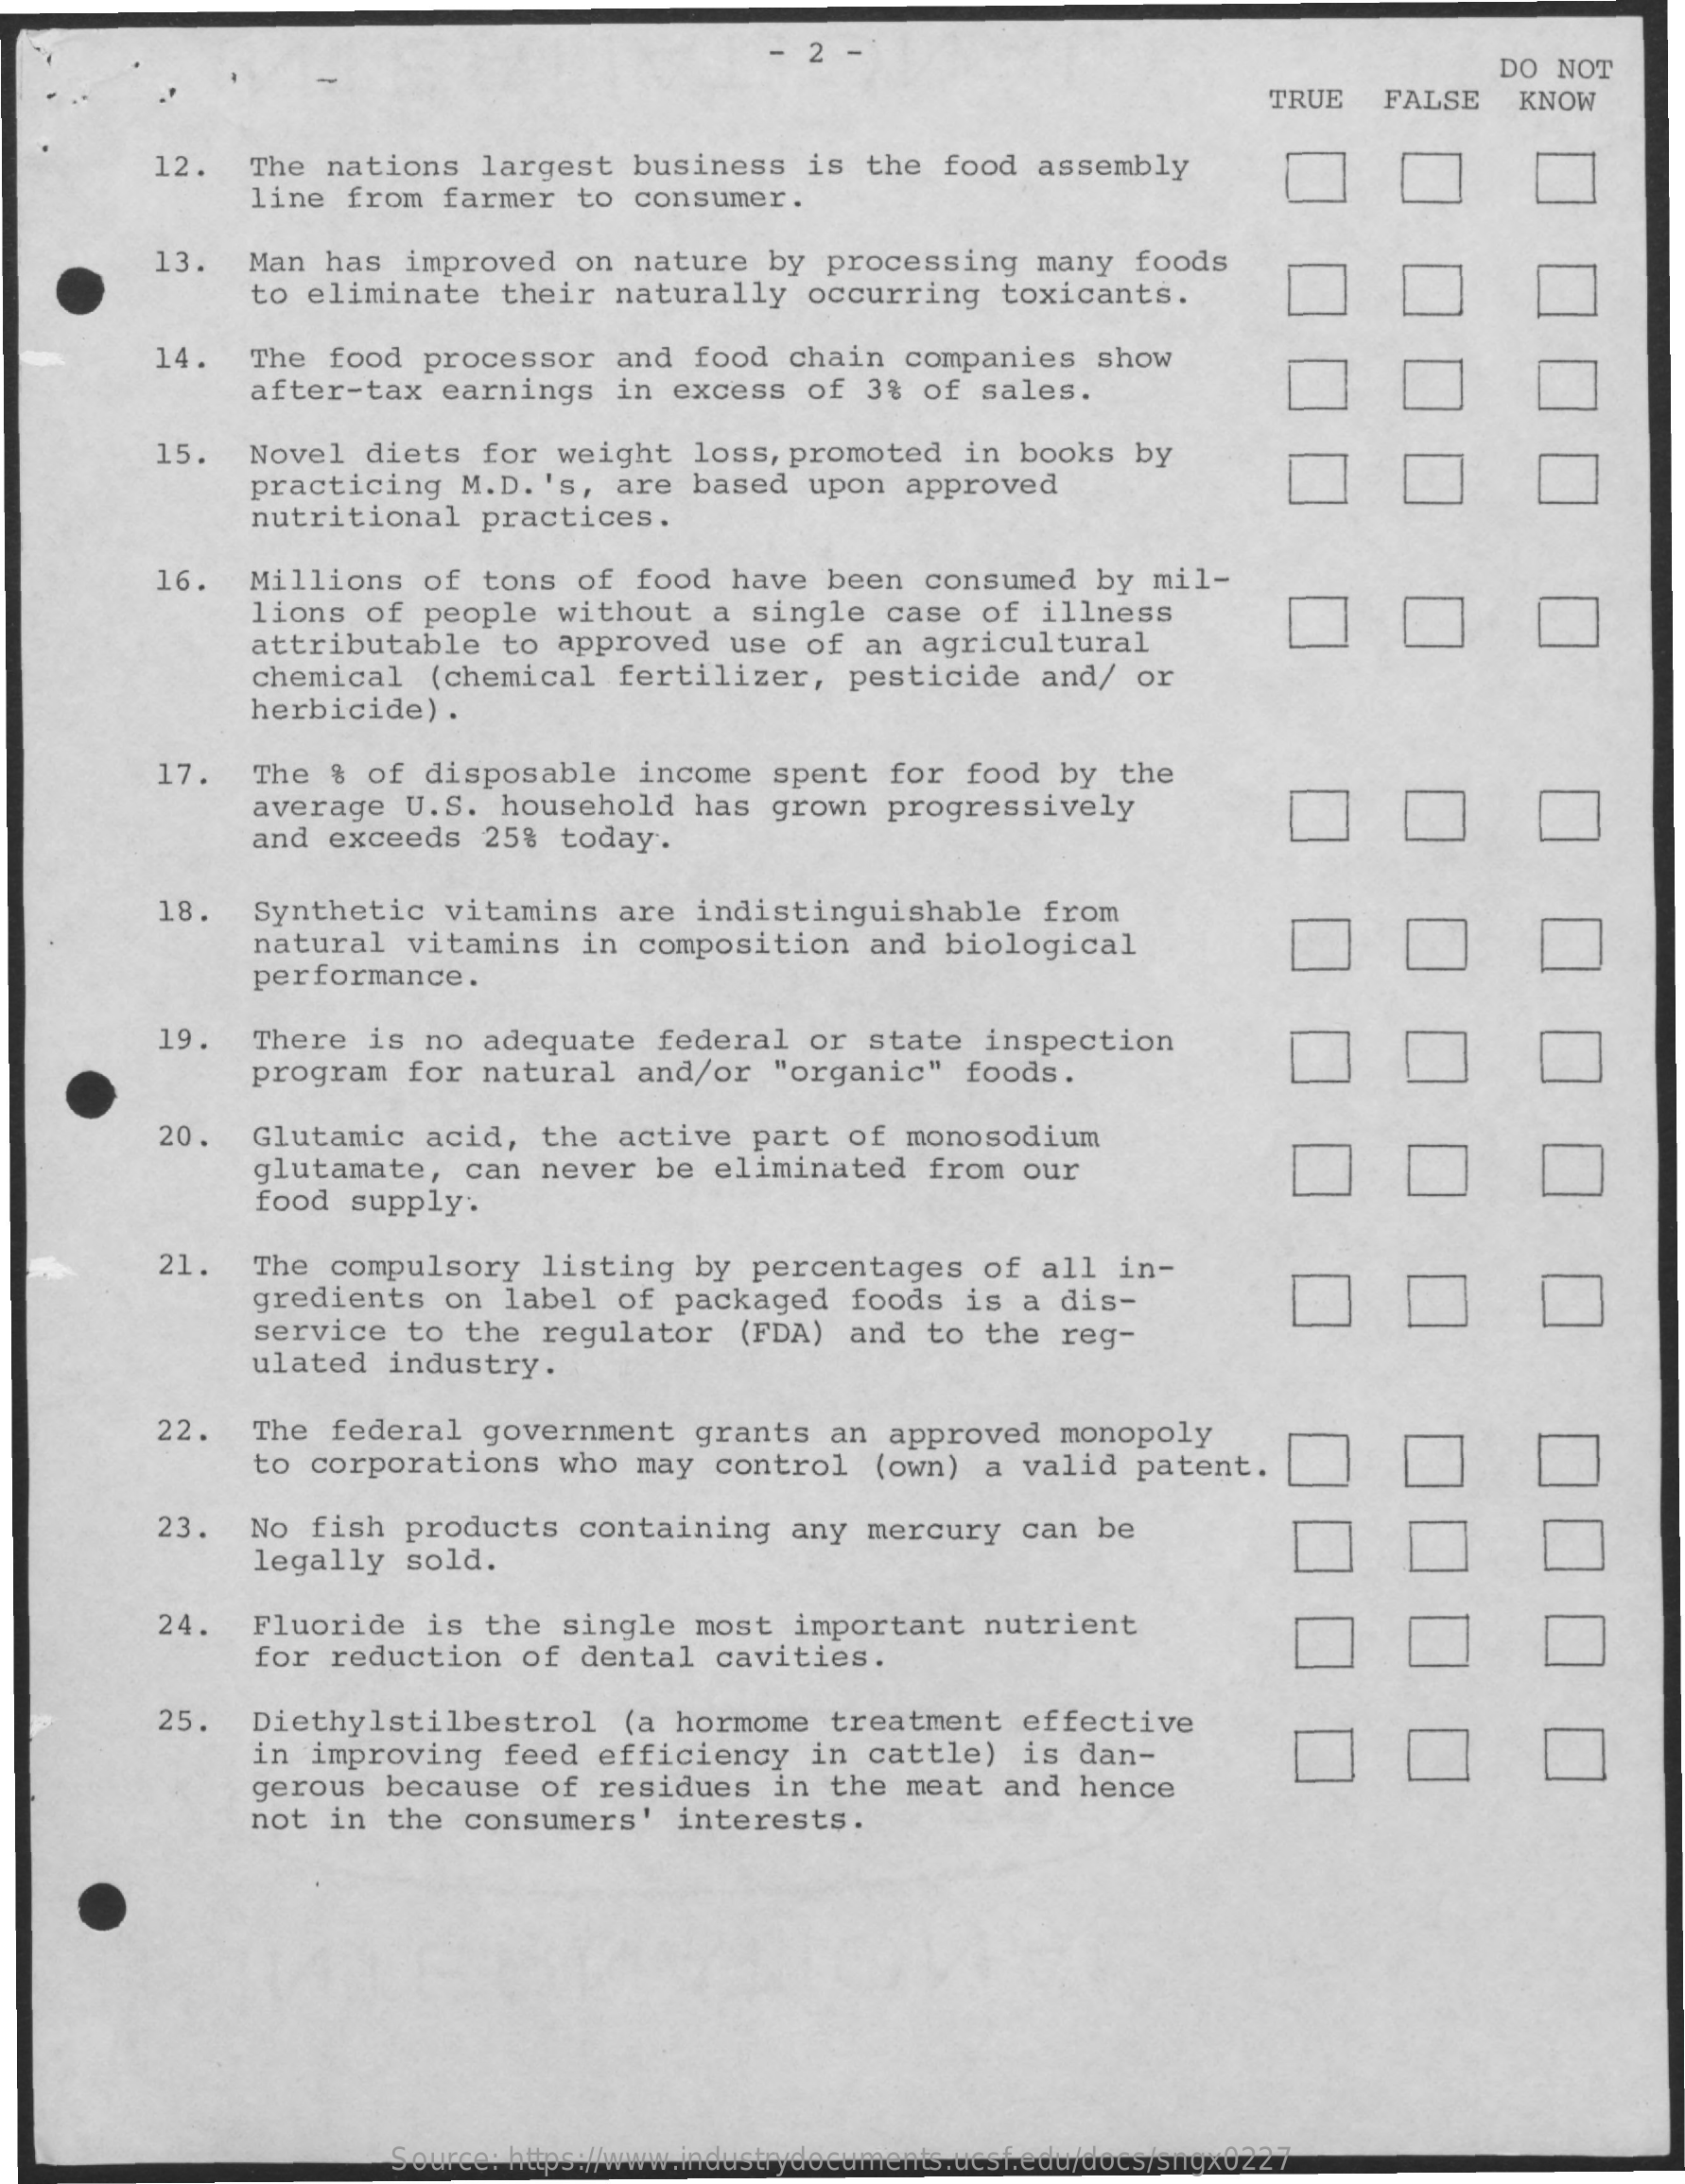
DO NOT
     TRUE    FALSE    KNOW
     12.    The nations    largest   business   is  the  food  assembly
     line  from  farmer   to  consumer.
     13.  Man  has   improved   on  nature  by  processing    many   foods
     to eliminate    their  naturally    occurring    toxicants.
     14.   The  food  processor   and   food  chain  companies    show
     after-tax   earnings   in  excess   of  3%  of sales.
     15.  Novel   diets   for  weight  loss,  promoted   in  books  by
     practicing   M.D.  's, are  based   upon  approved
     nutritional    practices.
     16.  Millions    of  tons  of  food  have  been   consumed   by  mil-
     lions  of  people   without   a single   case   of illness
     attributable    to  approved   use  of  an agricultural
     chemical   (chemical   fertilizer,    pesticide   and/   or
     herbicide)  .
     17.   The  % of  disposable    income   spent  for  food   by  the
     average   U.S.  household    has  grown  progressively
     and  exceeds   25%  today.
     18.   Synthetic   vitamins    are  indistinguishable    from
     natural   vitamins   in  composition    and  biological
     performance.
     19.   There  is  no  adequate   federal   or  state   inspection
     program   for  natural   and/or   "organic"   foods.
     20.   Glutamic   acid,   the  active  part   of monosodium
     glutamate,   can  never   be  eliminated    from  our
     food  supply.
     21.   The  compulsory    listing   by percentages    of all  in-
     gredients   on  label   of packaged    foods  is  a  dis-
     service   to  the  regulator    (FDA)  and  to  the  reg-
     ulated   industry.
     22.   The  federal   government    grants  an  approved   monopoly
     to corporations    who  may  control   (own)   a valid   patent.
     23.   No fish  products    containing    any  mercury   can  be
     legally   sold.
     24.   Fluoride   is  the  single  most   important    nutrient
     for  reduction   of  dental   cavities.
     25.   Diethylstilbestrol    (a hormome    treatment   effective
     in improving    feed  efficiency    in  cattle)   is  dan-
     gerous  because    of residues    in  the meat   and  hence
     not  in  the  consumers'   interests.
     Source: https://www.industrydocuments.ucsf.edu/docs/sngx0227